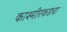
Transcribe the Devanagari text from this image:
काश्मीरकडचा